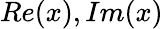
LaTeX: Re(x),Im(x)